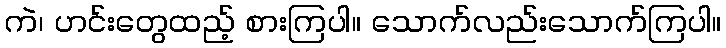
ကဲ၊ ဟင်းတွေထည့် စားကြပါ။ သောက်လည်းသောက်ကြပါ။